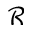
\mathcal { R }